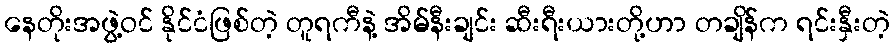
နေတိုးအဖွဲ့ဝင် နိုင်ငံဖြစ်တဲ့ တူရကီနဲ့ အိမ်နီးချင်း ဆီးရီးယားတို့ဟာ တချိန်က ရင်းနှီးတဲ့